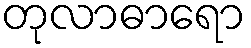
တုလာဓာရော